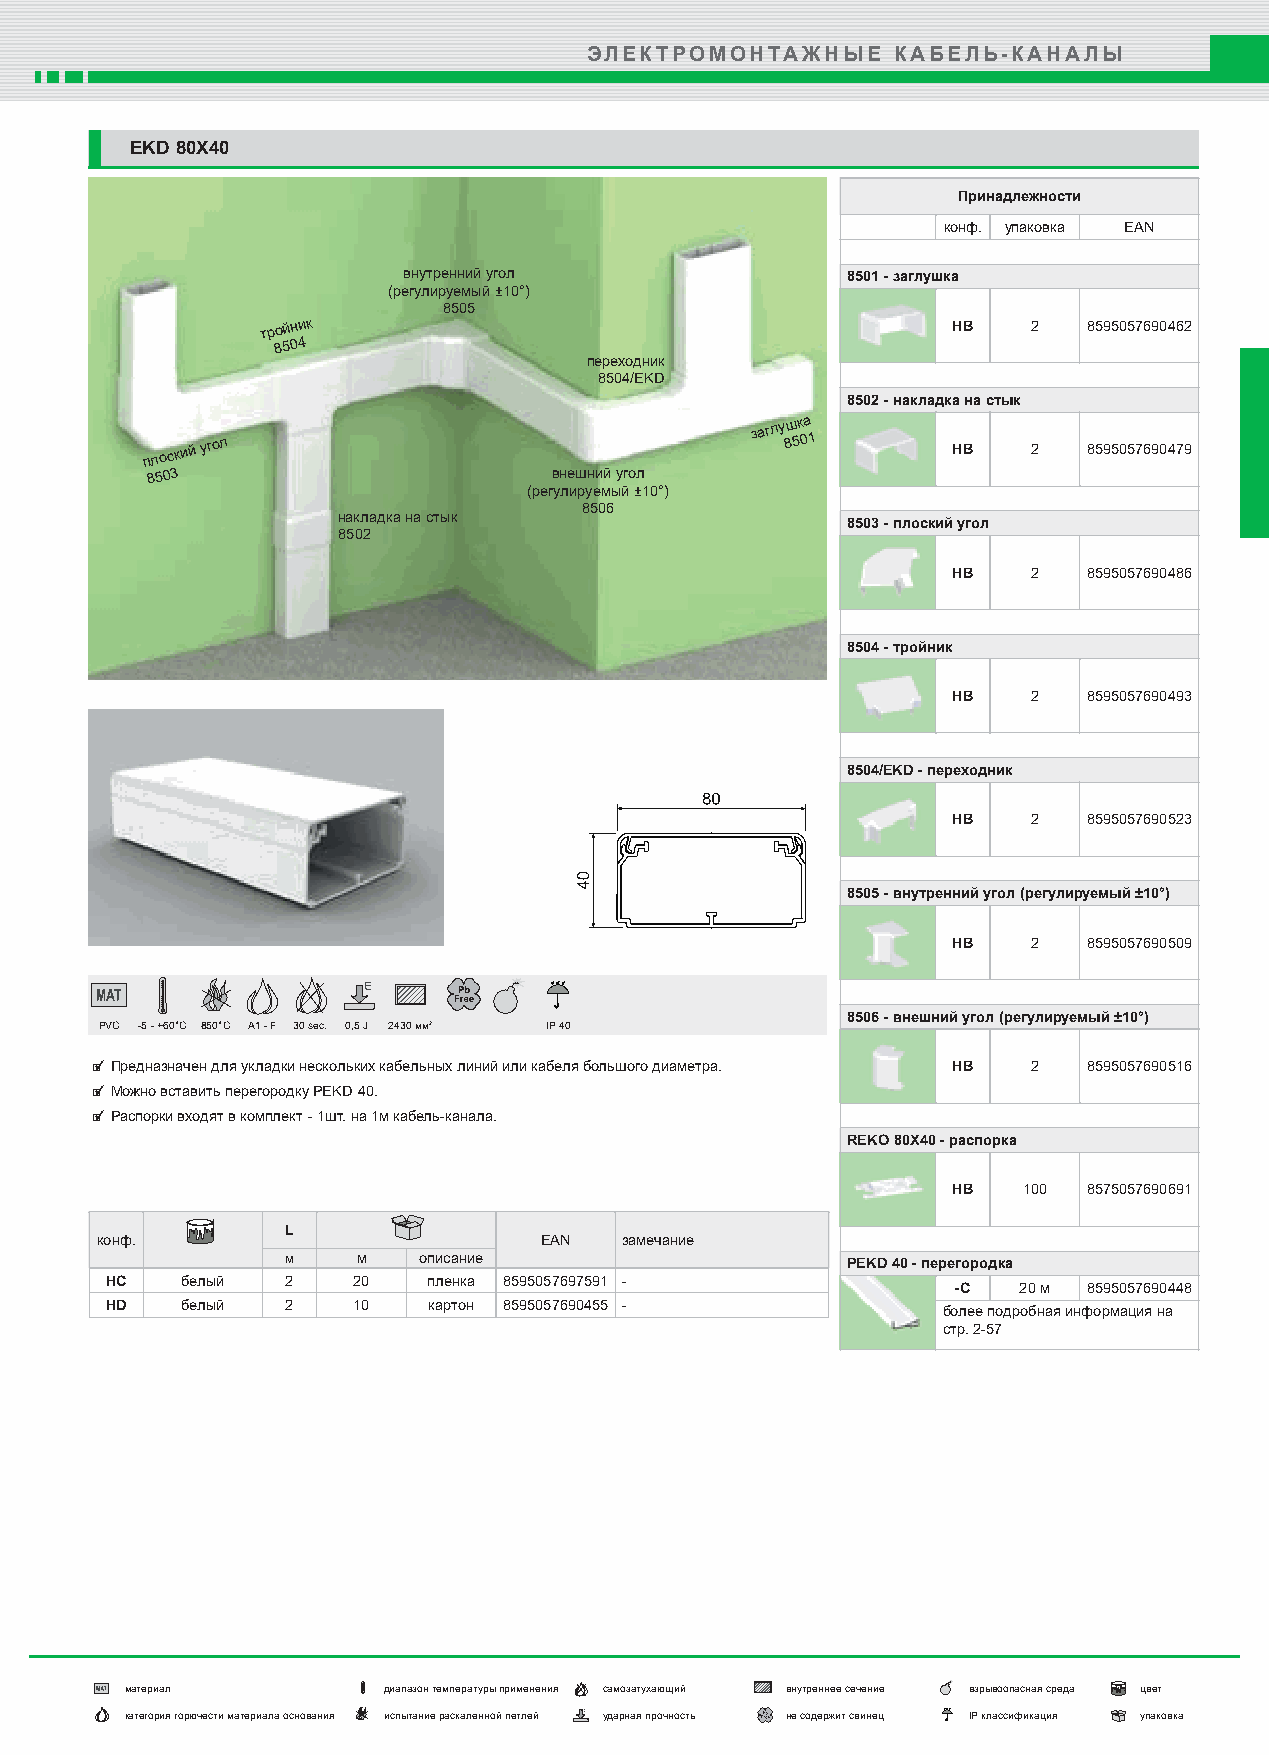
ЭЛЕКТРОМОНТАЖНЫЕ    КАБЕЛЬ-КАНАЛЫ
 EKD 80X40
 Принадлежности
 конф. упаковка EAN
 внутренний угол              8501- заглушка
 (регулируемый ±10°)
 8505
 тройник                                       HB   2   8595057690462
 8504
 переходник
 8504/EKD
 8502 - накладка на стык
 плоский
 угол
 заглу 8ш 5к 0а
 1
 HB   2   8595057690479
 8503                       внешний угол
 (регулируемый ±10°)
 8506
 накладка на стык
 8503 - плоский угол
 8502
 HB   2   8595057690486
 8504-тройник
 HB   2   8595057690493
 8504/EKD-переходник
 HB   2   8595057690523
 8505 - внутренний угол (регулируемый ±10°)
 HB   2   8595057690509
 8506 - внешний угол (регулируемый ±10°)
 PVC -5 - +60°C 850°C A1 - F 30 sec. 0,5 J 2430 мм2 IP 40
  Предназначен для укладки нескольких кабельных линий или кабеля большого диаметра. HB 2 8595057690516
  Можно вставить перегородку PEKD 40.
 
 Распорки входят в комплект - 1шт. на 1м кабель-канала.
 REKO 80X40 - распорка
 HB   100 8575057690691
 L
 конф.                         EAN  замечание
 м    м   описание                    PEKD 40 - перегородка
 HC   белый  2   20   пленка 8595057697591 -
 -C  20 м 8595057690448
 HD   белый  2   10   картон 8595057690455 -            более подробная информация на
 стр. 2-57
 материал         диапазон температуры применения самозатухающий внутреннее сечение взрывоопасная среда цвет
 категория горючести материала основания испытание раскаленной петлей ударная прочность не содержит свинец IP классификация упаковка